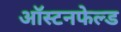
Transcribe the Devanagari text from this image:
ऑस्टनफेल्ड